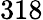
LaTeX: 318